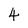
Character: 4